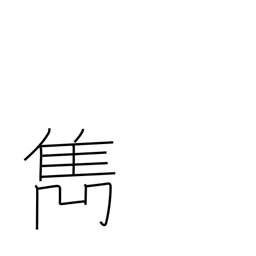
Meaning: excel